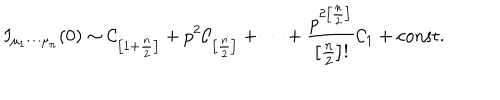
I _ { \mu _ { 1 } \cdots \mu _ { n } } ( 0 ) \sim \mathcal { C } _ { \left[ 1 + \frac { n } { 2 } \right] } + p ^ { 2 } \mathcal { C } _ { \left[ \frac { n } { 2 } \right] } + \cdots + \frac { p ^ { 2 \left[ \frac { n } { 2 } \right] } } { \left[ \frac { n } { 2 } \right] ! } \mathcal { C } _ { 1 } + \mathrm { c o n s t . }